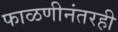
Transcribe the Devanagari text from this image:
फाळणीनंतरही